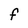
Character: F